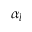
\alpha _ { l }